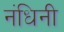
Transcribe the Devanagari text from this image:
नंधिनी